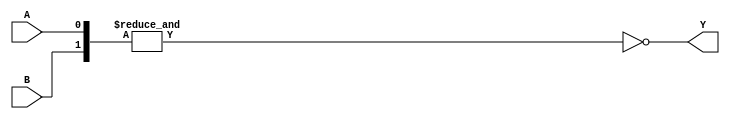
module NAND (input A, input B, output Y);

  integer cont_nand = 0;

  assign /*#(`tpdmin_nand:`tpdtyp_nand:`tpdmax_nand)*/ #(1:3.7:6.5) Y = ~&{A,B};

  //Se consume energía en las transiciones de 0 a 1 de la salida
  always @ ( posedge Y ) begin
    cont_nand = cont_nand +1;
  end


endmodule